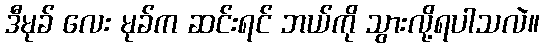
ဒီမုခ် လေး မုခ်က ဆင်းရင် ဘယ်ကို သွားလို့ရပါသလဲ။